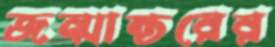
জন্মান্তরের